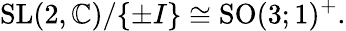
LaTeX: {\mathrm{SL}}(2,\mathbb{C})/\{ \pm I\} \cong{\mathrm{SO}}(3;1)^{+}.